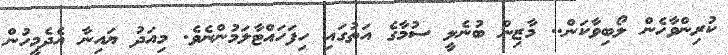
ކުރިންވާހެން ލޯބިވާކަން.. މާޒިން ބުނެލީ ސުމާގެ އަތުގައި ހިފަހައްޓާލަމުންނެވެ. މިއަދު ޔައިނާ އެދެމީހުން